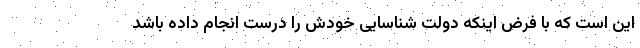
این است که با فرض اینکه دولت شناسایی خودش را درست انجام داده باشد